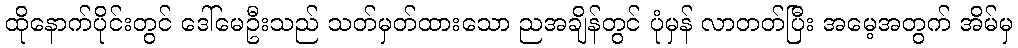
ထိုနောက်ပိုင်းတွင် ဒေါ်မေဦးသည် သတ်မှတ်ထားသော ညအချိန်တွင် ပုံမှန် လာတတ်ပြီး အမေ့အတွက် အိမ်မှ